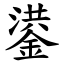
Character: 鍙